Materia medica of Madras volume I
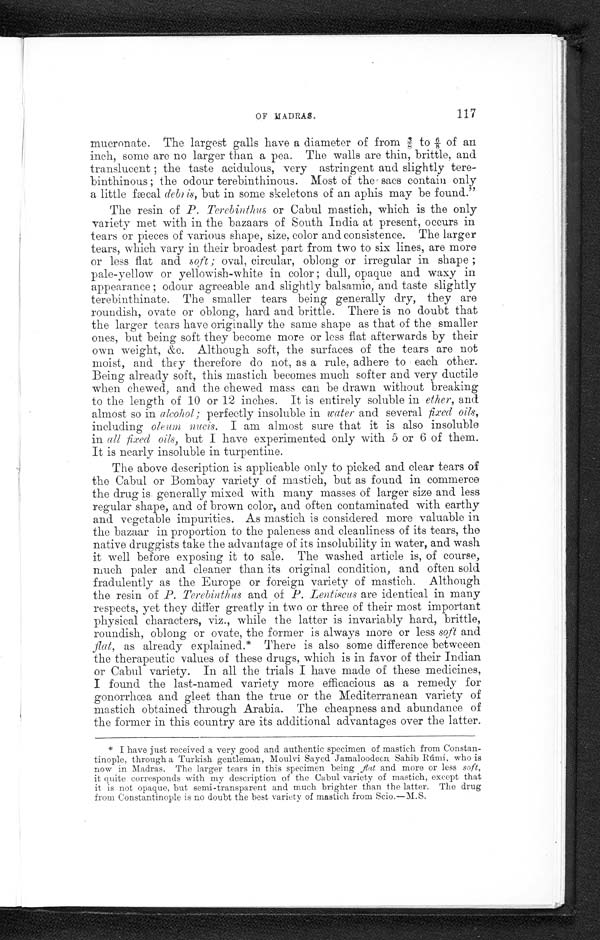
OF MADRAS.
117
mucronate. The largest galls have a diameter of from ⅜ to 6/8 of an
inch, some are no larger than a pea. The walls are thin, brittle, and
translucent ; the taste acidulous, very astringent and slightly tere-
binthinous ; the odour terebinthinous. Most of the sacs contain only
a little fæcal debris, but in some skeletons of an aphis may be found."
The resin of P. Terebinthus or Cabul mastich, which is the only
variety met with in the bazaars of South India at present, occurs in
tears or pieces of various shape, size, color and consistence. The larger
tears, which vary in their broadest part from two to six lines, are more
or less flat and soft ; oval, circular, oblong or irregular in shape ;
pale-yellow or yellowish-white in color ; dull, opaque and waxy in
appearance ; odour agreeable and slightly balsamic, and taste slightly
terebinthinate. The smaller tears being generally dry, they are
roundish, ovate or oblong, hard and brittle. There is no doubt that
the larger tears have originally the same shape as that of the smaller
ones, but being soft they become more or less flat afterwards by their
own weight, &c. Although soft, the surfaces of the tears are not
moist, and they therefore do not, as a rule, adhere to each other.
Being already soft, this mastich becomes much softer and very ductile
when chewed, and the chewed mass can be drawn without breaking
to the length of 10 or 12 inches. It is entirely soluble in ether, and
almost so in alcohol ; perfectly insoluble in w ater and several fixed oils,
including oleum nucis. I am almost sure that it is also insoluble
in all fixed oils, but I have experimented only with 5 or 6 of them.
It is nearly insoluble in turpentine.
The above description is applicable only to picked and clear tears of
the Cabul or Bombay variety of mastich, but as found in commerce
the drug is generally mixed with many masses of larger size and less
regular shape, and of brown color, and often contaminated with earthy
and vegetable impurities. As mastich is considered more valuable in
the bazaar in proportion to the paleness and cleanliness of its tears, the
native druggists take the advantage of its insolubility in water, and wash
it well before exposing it to sale. The washed article is, of course,
much paler and cleaner than its original condition, and often sold
fradulently as the Europe or foreign variety of mastich. Although
the resin of P. Terebinthus and of P. Lentiscus are identical in many
respects, yet they differ greatly in two or three of their most important
physical characters, viz., while the latter is invariably hard, brittle,
roundish, oblong or ovate, the former is always more or less soft and
flat, as already explained.* There is also some difference betweeen
the therapeutic values of these drugs, which is in favor of their Indian
or Cabul variety. In all the trials I have made of these medicines,
I found the last-named variety more efficacious as a remedy for
gonorrhœa and gleet than the true or the Mediterranean variety of
mastich obtained through Arabia. The cheapness and abundance of
the former in this country are its additional advantages over the latter.
* I have just received a very good and authentic specimen of mastich from Constan-
tinople, through a Turkish gentleman, Moulvi Sayed Jamaloodeen Sahib Rúmí, who is
now in Madras. The larger tears in this specimen being flat and more or less soft,
it quite corresponds with my description of the Cabal variety of mastich, except that.
it is not opaque, but semi-transparent and much brighter than the latter. The drug
from Constantinople is no doubt the best variety of mastich from Scio.—M.S.